Scottish Leaving Certificate Examination, 1954
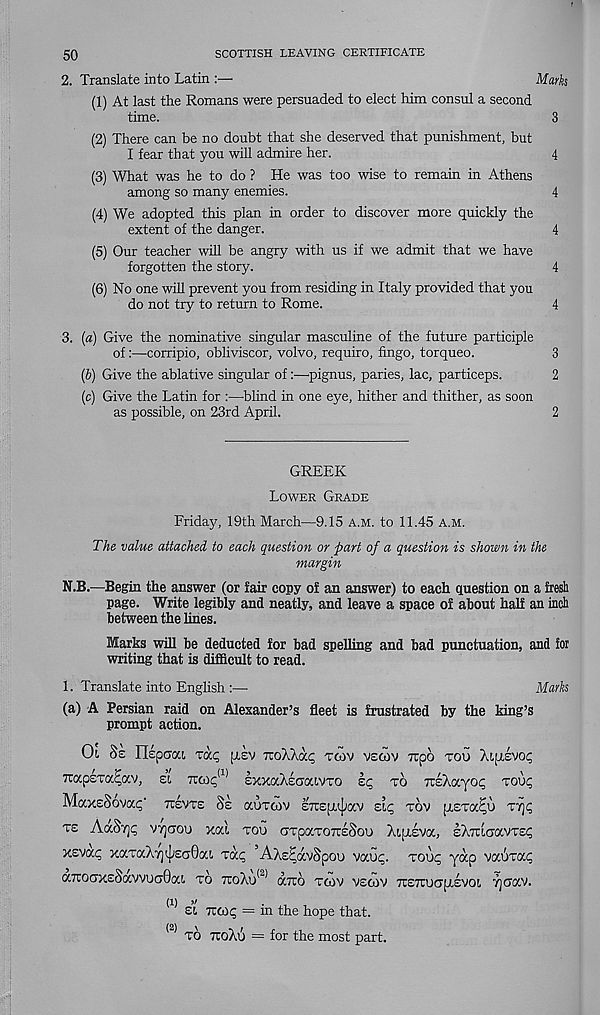
50
SCOTTISH LEAVING CERTIFICATE
2. Translate into Latin :—•
Marks
(1) At last the Romans were persuaded to elect him consul a second
time.
3
(2) There can be no doubt that she deserved that punishment, but
I fear that you will admire her.
4
(3) What was he to do ? He was too wise to remain in Athens
among so many enemies.
4
(4) We adopted this plan in order to discover more quickly the
extent of the danger.
4
(5) Our teacher will be angry with us if we admit that we have
forgotten the story.
4
(6) No one will prevent you from residing in Italy provided that you
do not try to return to Rome.
4
3. (a) Give the nominative singular masculine of the future participle
of:—corripio, obliviscor, volvo, require, fingo, torqueo.
3
(b) Give the ablative singular of:—pignus, paries, lac, particeps.
2
(c) Give the Latin for :—blind in one eye, hither and thither, as soon
as possible, on 23rd April.
2
GREEK
Lower Grade
Friday, 19th March—9.15 A.M. to 11.45 A.m.
The value attached to each question or part of a question is shown in the
margin
N.B.—Begin the answer (or fair copy of an answer) to each question on a fresh
page. Write legibly and neatly, and leave a space of about half an inch
between the lines.
Marks will be deducted for bad spelling and bad punctuation, and for
writing that is difficult to read.
1. Translate into English :—
Marks
(a) A Persian raid on Alexander’s fleet is frustrated by the king’s
prompt action.
Ot
lisp era l vac jxsv TtoAAac tcov vscov npo -tou Xqiivop
TrapsTcc^av, et
sxxaXecroavTO
to jcsAocyoc; zovt;
MaxeSoVOep' 7TEVTS §£ OCUTCOV ETlELuiaV sir TOV [LETOC^U ZYjC,
te AocSt]!; vijcrou xal tou (JTpaTOTrsSou Aiptiva, £}aTLcravTS<;
xevixc, xocTaAi)(|j£(j0oa Taip AXs^avSpou vauq. Touq yap voanraq
caraaxESavvuaOa!. to 7toAu (2) arco tcov vecov TTETrucpiEvoi tjcocv.
(1) >/
St Trcoq = m the hope that.
(2) TO TtoXr!) = for the most part.